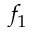
f _ { 1 }